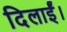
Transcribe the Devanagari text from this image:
दिलाईं।